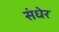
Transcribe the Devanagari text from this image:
संधेर